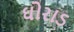
ઘોરાડ